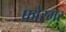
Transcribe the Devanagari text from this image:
फोरमर